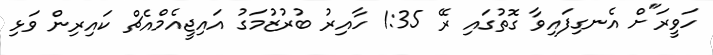
ހަވީރަ"ށް އެނގިފައިވާ ގޮތުގައި ރޭ 1:35 ހާއިރު ބުރުޒުމަގު އައިޖީއެމްއެޗް ކައިރިން ވަޅި